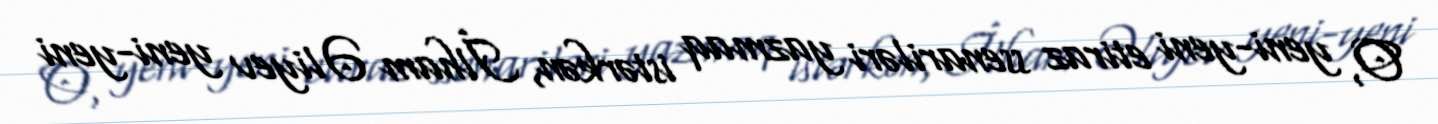
O, yeni-yeni etiraz ssenariləri yazmaq istərkən, İlham Əliyev yeni-yeni